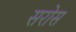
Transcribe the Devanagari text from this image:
सरोस